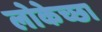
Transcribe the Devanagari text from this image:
लोकेच्छा